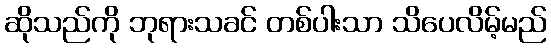
ဆိုသည်ကို ဘုရားသခင် တစ်ပါးသာ သိပေလိမ့်မည်